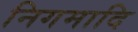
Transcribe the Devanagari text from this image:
निगमादि